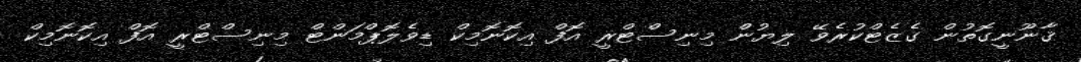
ޤާނޫނީގޮތުން ގެޒެޓްކުރެވޭ ލިޔުން މިނިސްޓްރީ އޮފް އިކޮނޮމިކް ޑިވެލޮޕްމަންޓް މިނިސްޓްރީ އޮފް އިކޮނޮމިކް